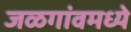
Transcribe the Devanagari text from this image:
जळगांवमध्ये